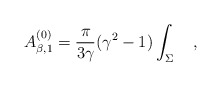
\begin{align*}A_{\beta,1}^{(0)}={\pi \over 3\gamma}(\gamma^2-1)\int_{\Sigma}~~~,\end{align*}